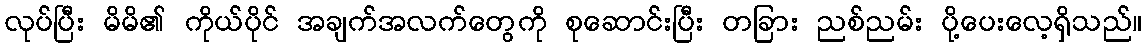
လုပ်ပြီး မိမိ၏ ကိုယ်ပိုင် အချက်အလက်တွေကို စုဆောင်းပြီး တခြား ညစ်ညမ်း ပို့ပေးလေ့ရှိသည်။